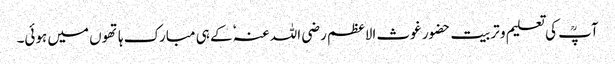
آپؒ کی تعلیم و تربیت حضور غوث الاعظم رضی اللہ عنہٗ کے ہی مبارک ہاتھوں میں ہوئی۔